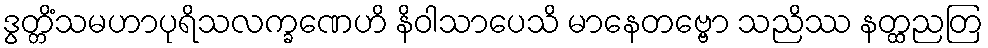
ဒွတ္တိံသမဟာပုရိသလက္ခဏေဟိ နိဝါသာပေသိ မာနေတဗ္ဗော သညိဿ နတ္ထညတြ